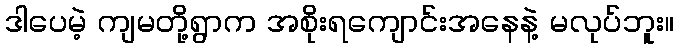
ဒါပေမဲ့ ကျမတို့ရွာက အစိုးရကျောင်းအနေနဲ့ မလုပ်ဘူး။